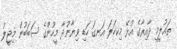
ތައުލީމީ ދާއިރާގެ އުޅޭ މިކހަލަ އަނގަ ހަޑި ވިޔާނުދާ މީހުންގެ ސަބަބުން މިޖީލު